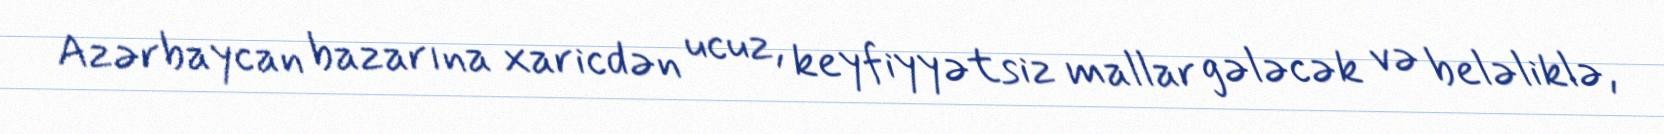
Azərbaycan bazarına xaricdən ucuz, keyfiyyətsiz mallar gələcək və beləliklə,